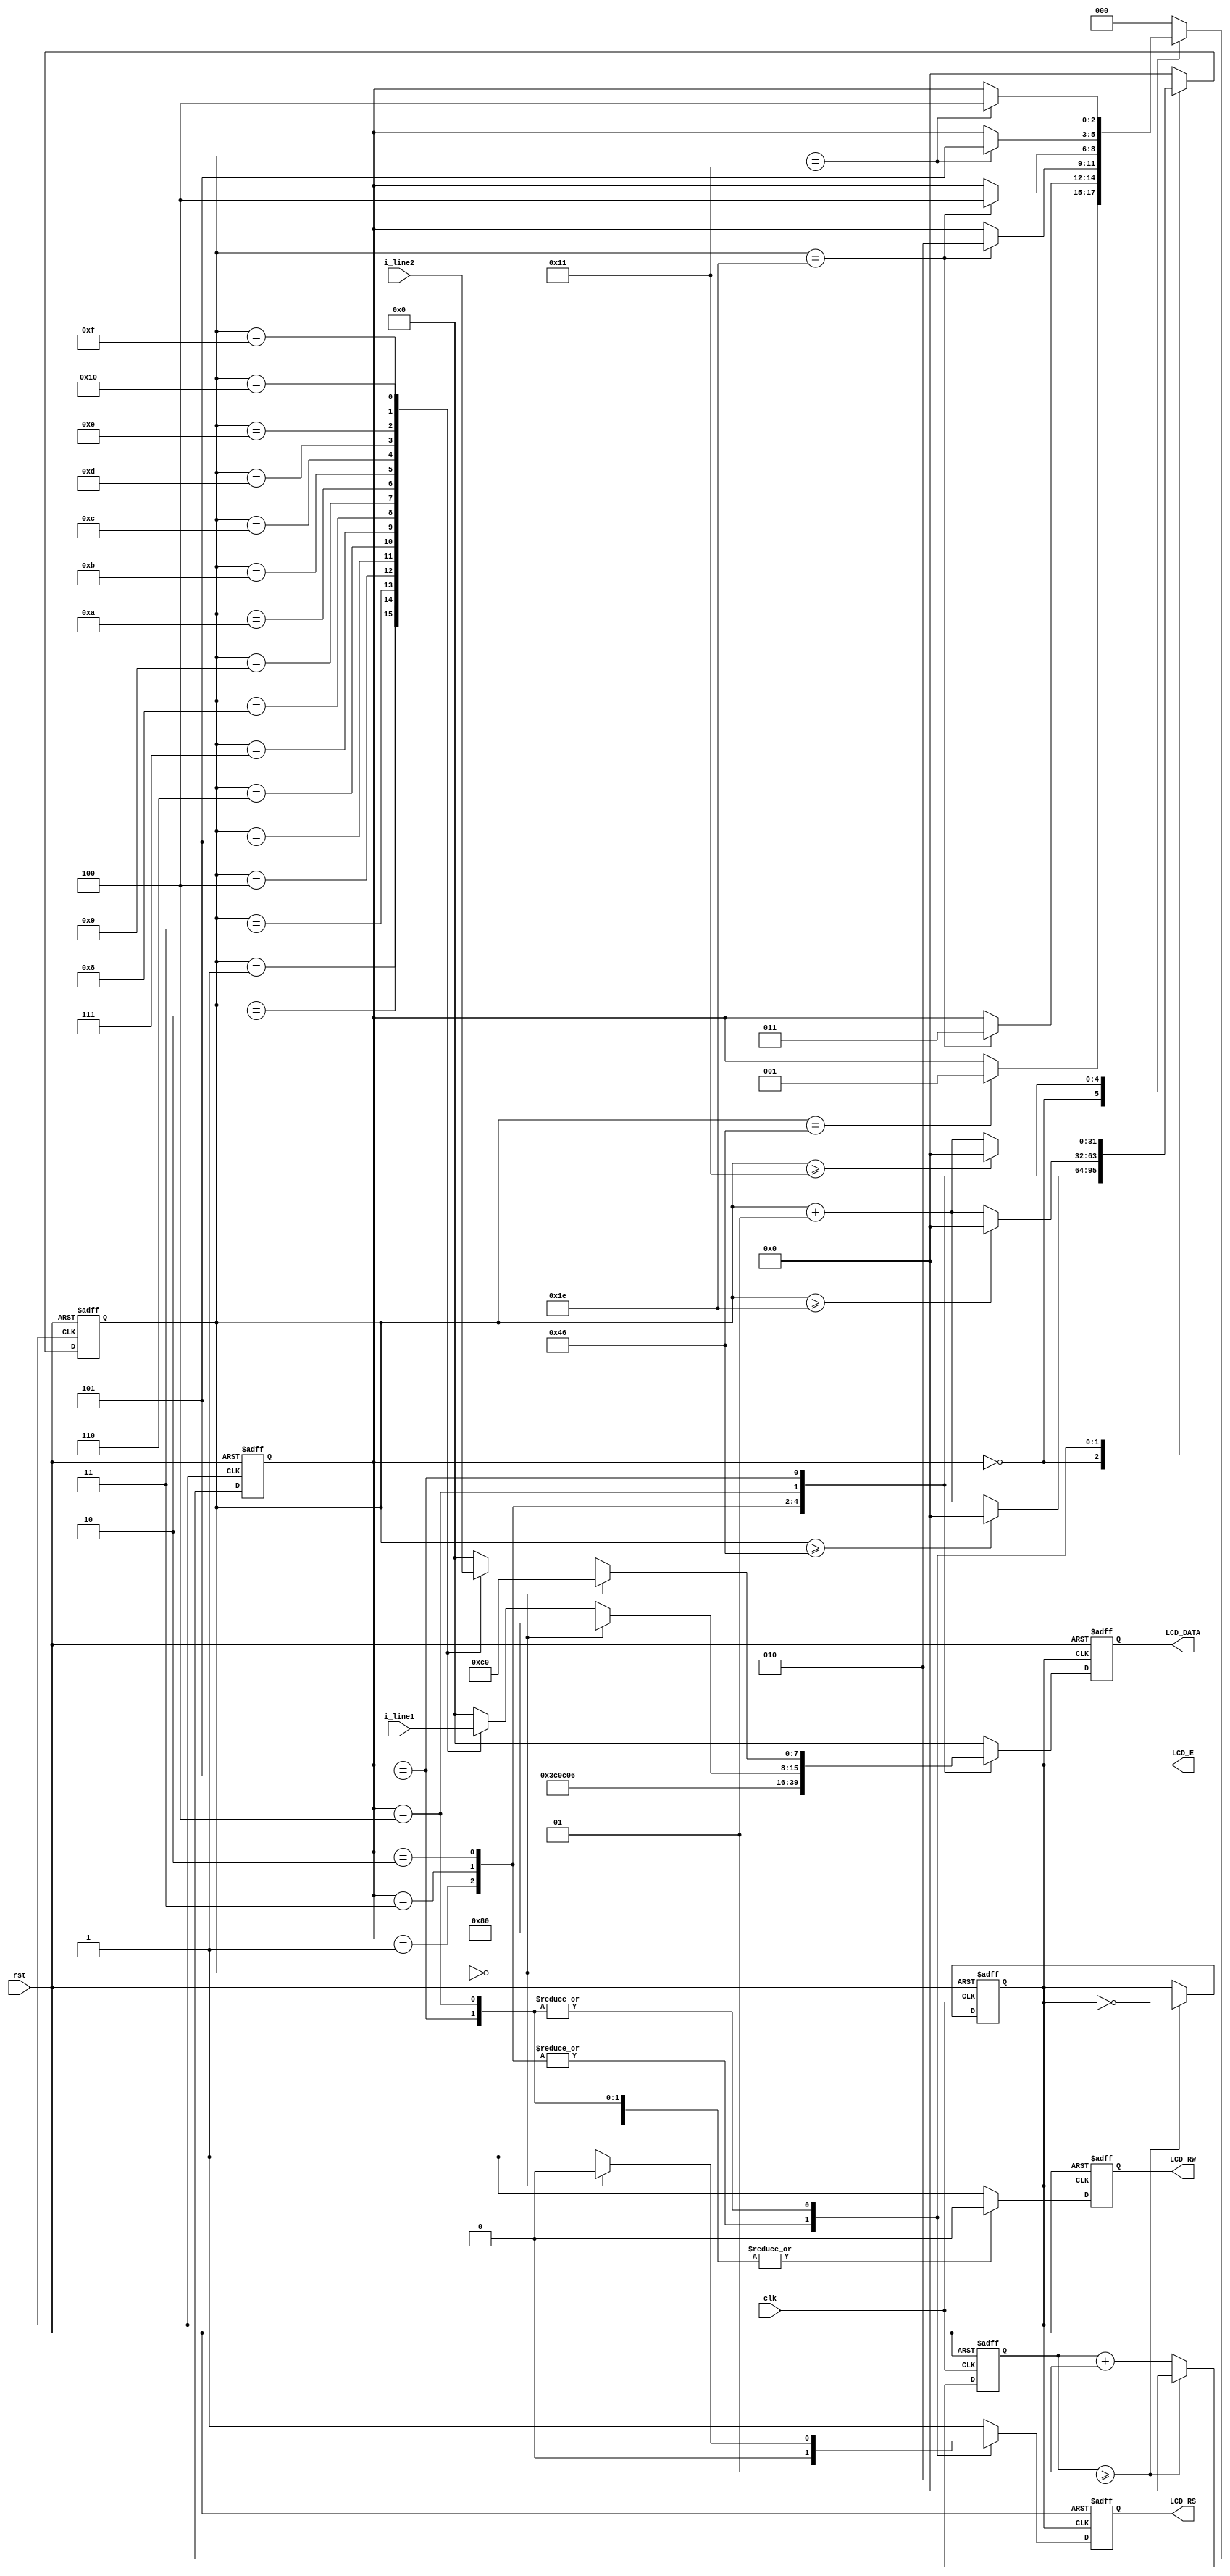
module LCD(i_line1,i_line2,rst,clk,LCD_E,LCD_RS, LCD_RW,LCD_DATA);
input rst, clk;
input [127:0] i_line1;
input [127:0] i_line2;
output LCD_E, LCD_RS, LCD_RW;
output [7:0] LCD_DATA;

wire LCD_E;
reg LCD_RS, LCD_RW;
reg [7:0] LCD_DATA;

reg [2:0] 	STATE ;
parameter 	DELAY = 3'b000,
				FUNCTION_SET = 3'b001,
				ENTRY_MODE = 3'b010,
				DISP_ONOFF = 3'b011,
				LINE1 = 3'b100,
				LINE2 = 3'b101,
				DELAY_T = 3'b110,
				SHIFT = 3'b111;

integer CNT ;
integer CNT_100HZ ;
reg clk_100hz;

always @(negedge rst or posedge clk)
begin
 if(rst == 1'b0)
  begin
  CNT_100HZ = 0;
  clk_100hz = 1'b0;
  end
 else if (CNT_100HZ >= 2)
  begin
  CNT_100HZ = 0;
  clk_100hz = ~clk_100hz;
  end
 else
  CNT_100HZ = CNT_100HZ + 1;
end  

always @(negedge rst or posedge clk_100hz)
begin
 if(rst == 1'b0)
  STATE = DELAY;
 else
  begin
   case(STATE)
    DELAY :
     if (CNT == 70) STATE = FUNCTION_SET;
    FUNCTION_SET :
     if (CNT == 30) STATE = DISP_ONOFF;
    DISP_ONOFF :
     if (CNT == 30) STATE = ENTRY_MODE;
    ENTRY_MODE :
     if (CNT == 30) STATE = LINE1;
    LINE1 :
     if (CNT == 17) STATE = LINE2;
    LINE2 :
     if (CNT == 17) STATE = LINE1;
	  
    default : STATE = DELAY;
   endcase
  end
end 


always @(negedge rst or posedge clk_100hz)
begin
 if(rst == 1'b0)
  CNT = 0;
 else
  begin
   case (STATE)
    DELAY :
     if (CNT >= 70) CNT = 0;
     else CNT = CNT + 1;
    FUNCTION_SET :
     if (CNT >= 30) CNT = 0;
     else CNT = CNT + 1;
    DISP_ONOFF :
     if (CNT >= 30) CNT = 0;
     else CNT = CNT + 1;
    ENTRY_MODE :
     if (CNT >= 30) CNT = 0;
     else CNT = CNT + 1;
    LINE1 :
     if (CNT >= 17) CNT = 0;
     else CNT = CNT + 1;
    LINE2 :
     if (CNT >= 17) CNT = 0;
     else CNT = CNT + 1;
	  
    default : CNT = 0;
   endcase
  end
end

always @(negedge rst or posedge clk_100hz)
begin
 if (rst == 1'b0)
  begin
   LCD_RS = 1'b1;
   LCD_RW = 1'b1;
   LCD_DATA = 8'b00000000;
  end
 else
  begin
   case (STATE)
    FUNCTION_SET :
     begin
      LCD_RS = 1'b0;
      LCD_RW = 1'b0;
      LCD_DATA = 8'b00111100;
     end
    
    DISP_ONOFF :
     begin
      LCD_RS = 1'b0;
      LCD_RW = 1'b0;
      LCD_DATA = 8'b00001100;
     end
	 
    ENTRY_MODE :
     begin
      LCD_RS = 1'b0;
      LCD_RW = 1'b0;
      LCD_DATA = 8'b00000110;
     end
    LINE1 :
     begin
      LCD_RW = 1'b0;
		if(CNT == 0) {LCD_RS,LCD_DATA} = 9'b010000000;
		else begin
			LCD_RS = 1'b1;
			case(CNT)
				1 : LCD_DATA = i_line1[127:120];
				2 : LCD_DATA = i_line1[119:112];
				3 : LCD_DATA = i_line1[111:104];
				4 : LCD_DATA = i_line1[103:96];
				5 : LCD_DATA = i_line1[95:88];
				6 : LCD_DATA = i_line1[87:80];
				7 : LCD_DATA = i_line1[79:72];
				8 : LCD_DATA = i_line1[71:64];
				9 : LCD_DATA = i_line1[63:56];
				10 : LCD_DATA = i_line1[55:48];
				11 : LCD_DATA = i_line1[47:40];
				12 : LCD_DATA = i_line1[39:32];
				13 : LCD_DATA = i_line1[31:24];
				14 : LCD_DATA = i_line1[23:16];
				15 : LCD_DATA = i_line1[15:8];
				16 : LCD_DATA = i_line1[7:0];
				default : LCD_DATA = 0;
			endcase
		end
     end
    LINE2 :
     begin
		LCD_RW = 1'b0;
		if(CNT == 0) {LCD_RS,LCD_DATA} = 9'b011000000;
		else begin
			LCD_RS = 1'b1;
			case(CNT)
				1 : LCD_DATA = i_line2[127:120];
				2 : LCD_DATA = i_line2[119:112];
				3 : LCD_DATA = i_line2[111:104];
				4 : LCD_DATA = i_line2[103:96];
				5 : LCD_DATA = i_line2[95:88];
				6 : LCD_DATA = i_line2[87:80];
				7 : LCD_DATA = i_line2[79:72];
				8 : LCD_DATA = i_line2[71:64];
				9 : LCD_DATA = i_line2[63:56];
				10 : LCD_DATA = i_line2[55:48];
				11 : LCD_DATA = i_line2[47:40];
				12 : LCD_DATA = i_line2[39:32];
				13 : LCD_DATA = i_line2[31:24];
				14 : LCD_DATA = i_line2[23:16];
				15 : LCD_DATA = i_line2[15:8];
				16 : LCD_DATA = i_line2[7:0];
				default : LCD_DATA = 0;
			endcase
		end
     end

    default :
     begin
      LCD_RS = 1'b1;
      LCD_RW = 1'b1;
      LCD_DATA = 8'b00000000;
     end
   endcase
  end
end

assign LCD_E = clk_100hz;  

endmodule